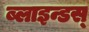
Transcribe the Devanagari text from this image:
ब्लाइन्डस्